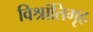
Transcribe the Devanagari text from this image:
विश्रांतिगृह